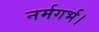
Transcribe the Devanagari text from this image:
नर्मगर्भ।